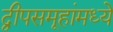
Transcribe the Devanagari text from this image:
द्वीपसमूहांमध्ये